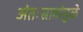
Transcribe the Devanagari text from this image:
अंतःस्रावांमुळे